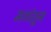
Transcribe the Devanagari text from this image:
मठांतून